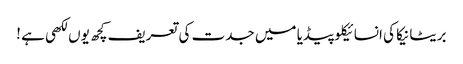
بریٹانیکا کی انسائیکلو پیڈیا میں جدت کی تعریف کچھ یوں لکھی ہے !